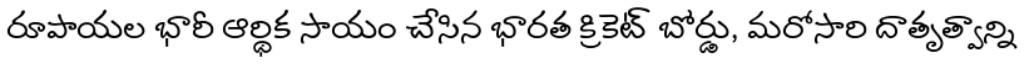
రూపాయల భారీ ఆర్థిక సాయం చేసిన భారత క్రికెట్ బోర్డు, మరోసారి దాతృత్వాన్ని